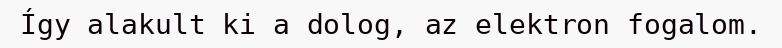
Így alakult ki a dolog, az elektron fogalom.